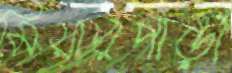
মিয়ারপাড়া